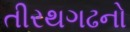
તીરથગઢનો